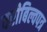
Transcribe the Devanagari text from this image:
वरीबिल्वपत्र